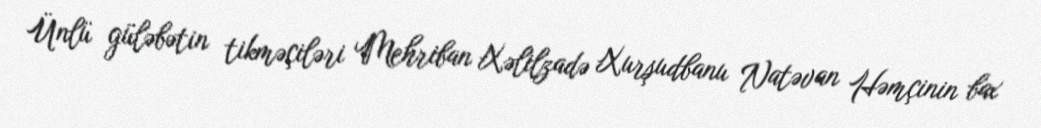
Ünlü güləbətin tikməçiləri Mehriban Xəlilzadə Xurşudbanu Natəvan Həmçinin bax